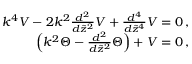
\begin{array} { r } { k ^ { 4 } V - 2 k ^ { 2 } \frac { d ^ { 2 } } { d \widetilde { z } ^ { 2 } } V + \frac { d ^ { 4 } } { d \widetilde { z } ^ { 4 } } V = 0 \, , \ } \\ { \left( k ^ { 2 } \Theta - \frac { d ^ { 2 } } { d \widetilde { z } ^ { 2 } } \Theta \right) + V = 0 \, , \ } \end{array}